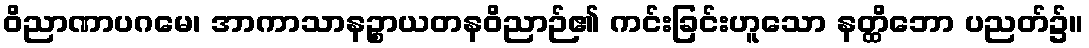
ဝိညာဏာပဂမေ၊ အာကာသာနဉ္စာယတနဝိညာဉ်၏ ကင်းခြင်းဟူသော နတ္ထိဘော ပညတ်၌။